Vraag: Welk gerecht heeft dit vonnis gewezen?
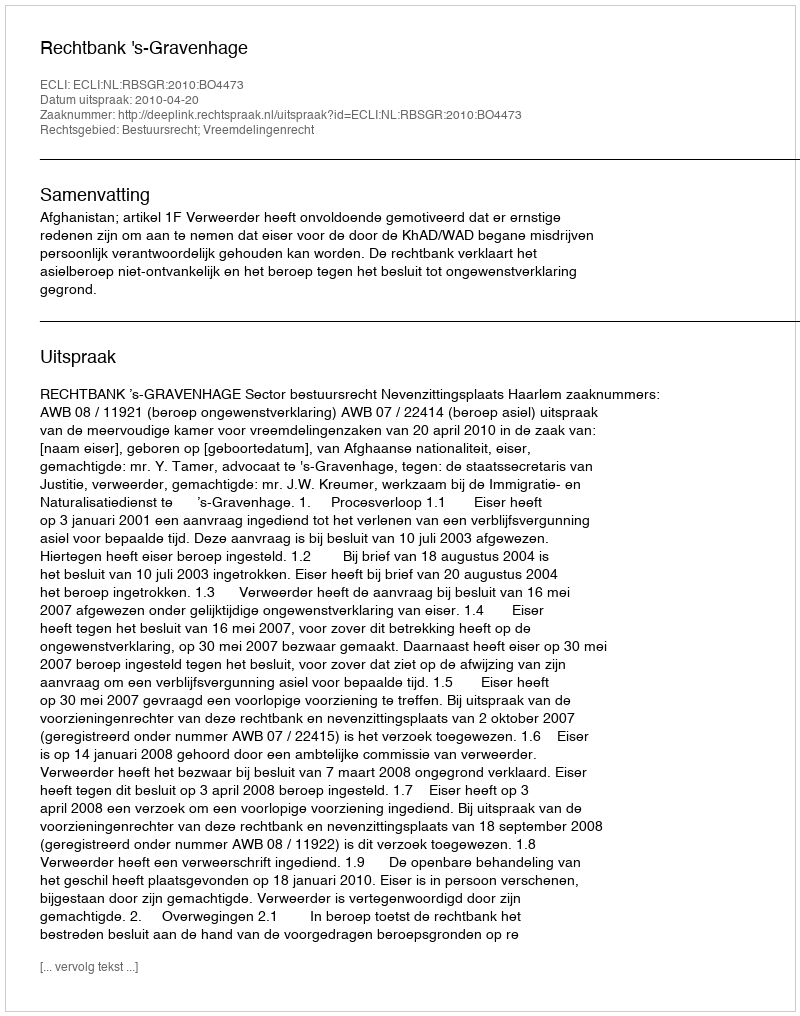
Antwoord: Rechtbank 's-Gravenhage